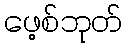
ဖေ့စ်ဘုတ်